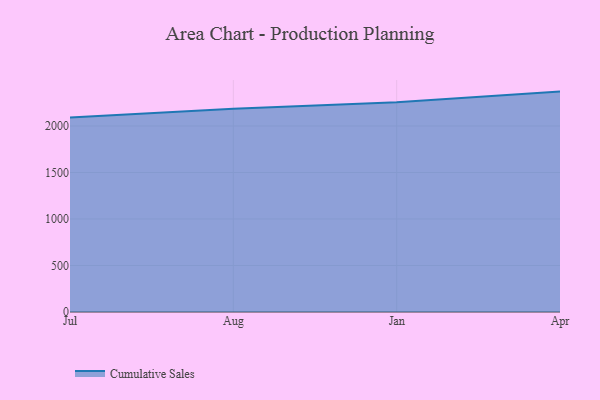
{"axis": {"x": "Month", "y": "Gross Profit (USD K)"}, "legend": ["Cumulative Sales"], "data": [{"x": "Jul", "y": 2090.6, "type": "Cumulative Sales"}, {"x": "Aug", "y": 2184.5, "type": "Cumulative Sales"}, {"x": "Jan", "y": 2255.9, "type": "Cumulative Sales"}, {"x": "Apr", "y": 2370.1, "type": "Cumulative Sales"}]}